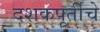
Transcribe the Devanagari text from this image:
दशकपूर्तीचे